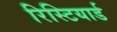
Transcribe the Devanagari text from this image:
रिस्टियार्ड